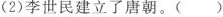
(2)李世民建立了唐朝。 ( )